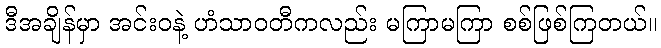
ဒီအချိန်မှာ အင်းဝနဲ့ ဟံသာဝတီကလည်း မကြာမကြာ စစ်ဖြစ်ကြတယ်။